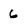
Character: 6